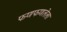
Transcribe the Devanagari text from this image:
फणफणलेला